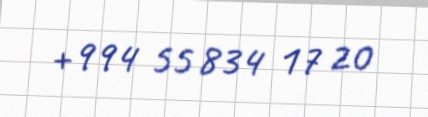
+994 55 834 17 20